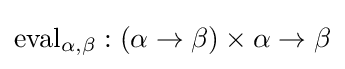
{\text{eval}}_{\alpha ,\beta }:(\alpha \to \beta )\times \alpha \to \beta